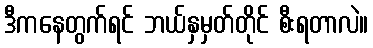
ဒီကနေတွက်ရင် ဘယ်နှမှတ်တိုင် စီးရတာလဲ။